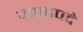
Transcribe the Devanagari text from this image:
जानपदे